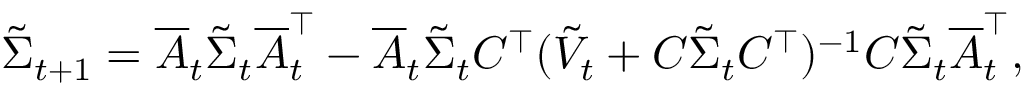
\begin{array} { r } { \tilde { \Sigma } _ { t + 1 } = \overline { { A } } _ { t } \tilde { \Sigma } _ { t } \overline { { A } } _ { t } ^ { \top } - \overline { { A } } _ { t } \tilde { \Sigma } _ { t } C ^ { \top } ( \tilde { V } _ { t } + C \tilde { \Sigma } _ { t } C ^ { \top } ) ^ { - 1 } C \tilde { \Sigma } _ { t } \overline { { A } } _ { t } ^ { \top } , } \end{array}